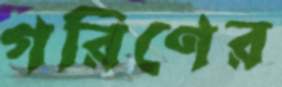
গরিণের